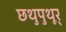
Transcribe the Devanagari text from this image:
छथुपुथूर्